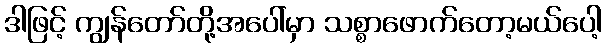
ဒါဖြင့် ကျွန်တော်တို့အပေါ်မှာ သစ္စာဖောက်တော့မယ်ပေါ့